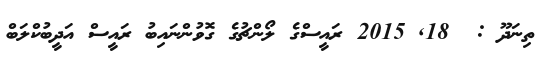
ތިނަދޫ :  18